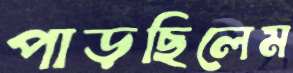
পাড়ছিলেম